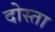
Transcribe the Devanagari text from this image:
दोस्ता